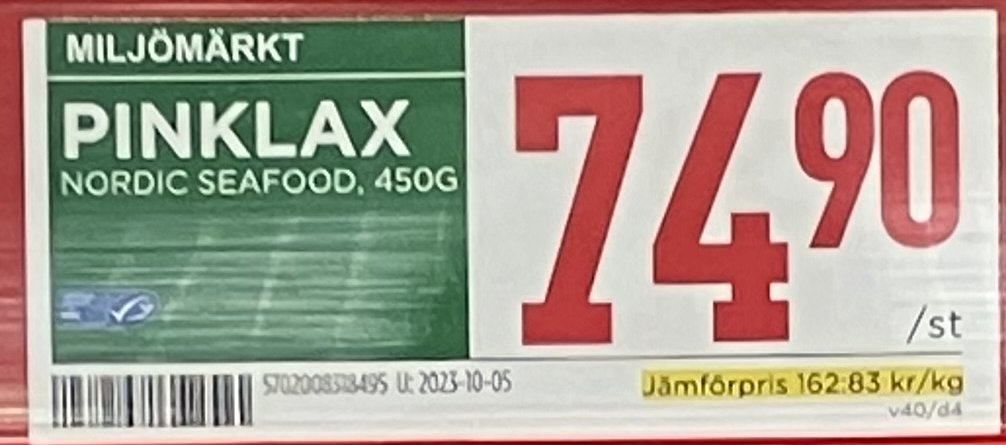
Vara: Pinklax
Genomsnittspris: 162.83 per kg